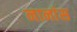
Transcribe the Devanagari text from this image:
नानांस